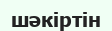
шәкіртін